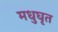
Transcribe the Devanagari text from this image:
मधुघृत